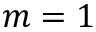
m = 1